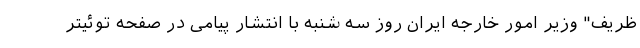
ظریف" وزیر امور خارجه ایران روز سه شنبه با انتشار پیامی در صفحه توئیتر